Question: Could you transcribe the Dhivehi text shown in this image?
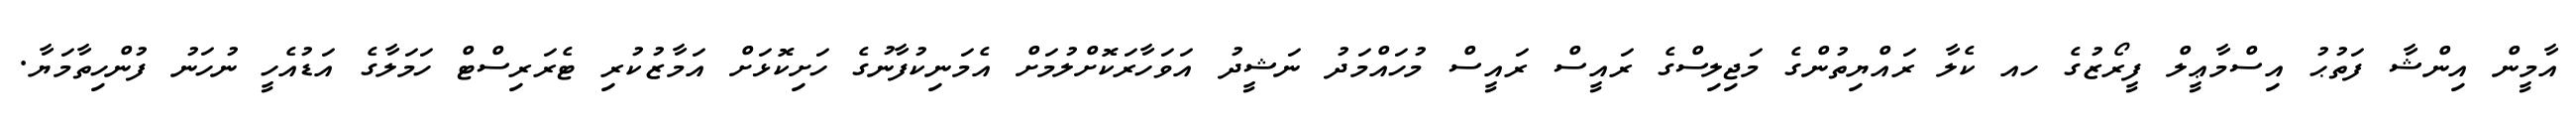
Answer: އާމީން އިންޝާ ފަތުޙު އިސްމާޢީލް ފީރޯޒުގެ ހއ ކެލާ ރައްޔިތުންގެ މަޖިލިސްގެ ރައީސް ރައީސް މުހައްމަދު ނަޝީދު އަވަހާރަކޮށްލުމަށް އެމަނިކުފާނުގެ ހަށިކޮޅަށް އަމާޒުކުރި ޓެރަރިސްޓް ހަމަލާގެ އަޑުއެހީ ނުހަނު ފުންހިތާމަޔާ.